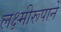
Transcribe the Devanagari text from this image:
लक्ष्मीरूपाने